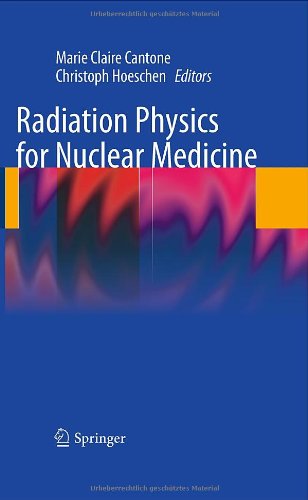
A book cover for Radiation Physics for Nuclear Medicine; Science & Math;